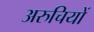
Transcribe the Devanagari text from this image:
अरुचियों